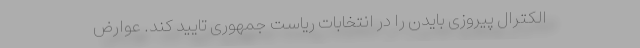
الکترال پیروزی بایدن را در انتخابات ریاست جمهوری تایید کند. عوارض